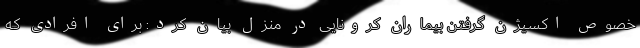
خصوص اکسیژن گرفتن بیماران کرونایی در منزل بیان کرد: برای افرادی که